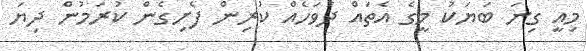
މިއީ ގިނަ ބަޔަކު މީގެ އެތައް ދުވަހެއް ކުރިން ފެށިގެން ކުރަމުން ދިޔަ